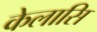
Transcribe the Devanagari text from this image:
केलासि